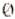
0